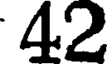
42